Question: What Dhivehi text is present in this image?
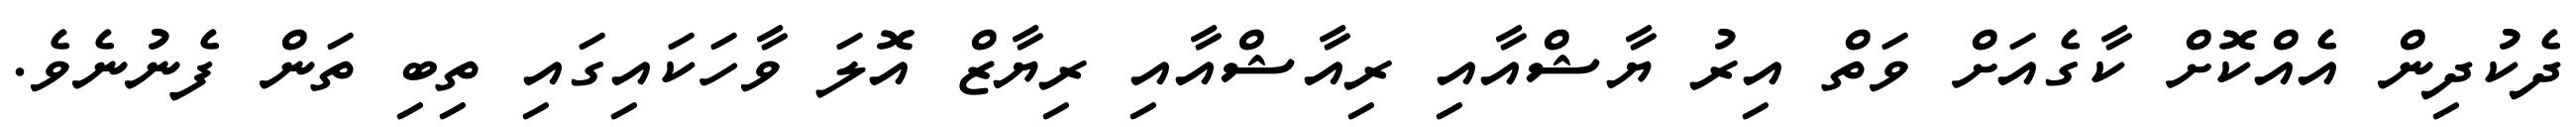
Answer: ދެކުދިން އެއްކޮށް ކާގެއަށް ވަތް އިރު ޔާޝްއާއި ރިއާޝްއާއި ރިޔާޒް އޮލަ ވާހަކައިގައި ތިބި ތަން ފެނުނެވެ.